Black-water fever - Number 35
Disease focus: Fever
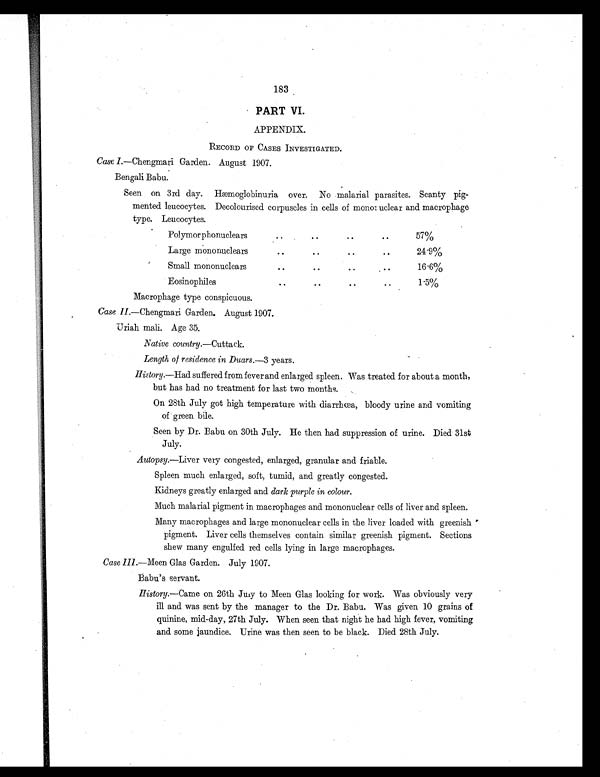
183
PART VI.
APPENDIX.
RECORD OF CASES INVESTIGATED.
Case I.—Chengmari Garden. August 1907.
Bengali Babu.
Seen on 3rd day. Hæmoglobinuria over. No malarial parasites. Scanty pig-
mented leucocytes. Decolourised corpuscles in cells of monornuclear and macrophage
type. Leucocytes.
Polymorphonuclears
. .
..
. .
..
57%
Large mononuclears
. .
. .
..
..
24.9%
Small mononuclears
..
. .
..
..
16.6%
Eosinophile
. .
..
..
. .
1 5%
Macrophage type conspicuous.
Case II.—Chengmari Garden, August 1907.
Uriah mall. Age 35.
Native country.—Cuttack.
Length of residence in Duars. —3 years.
History.—Had suffered from fever and enlarged spleen. Was treated for about a month,
but has had no treatment for last two months.
On 28th July got high temperature with diarrhœa, bloody urine and vomiting
of green bile.
Seen by Dr. Babu on 30th July. He then had suppression of urine. Died 31st
July.
Autopsy.—Liver very congested, enlarged, granular and friable.
Spleen much enlarged, soft, tumid, and greatly congested.
Kidneys greatly enlarged and dark purple in colour.
Much malarial pigment in macrophages and mononuclear cells of liver and spleen.
Many macrophages and large mononuclear cells in the liver loaded with greenish
pigment. Liver cells themselves contain similar greenish pigment. Sections
shew many engulfed red cells lying in large macrophages.
Case III.—Meen Glas Garden. July 1907.
Babu's servant.
History.—Came on 26th July to Meen Glas looking for work. Was obviously very
ill and was sent by the manager to the Dr. Babu. Was given 10 grains of
quinine, mid-day, 27th July. When seen that night he had high fever, vomiting
and some jaundice. Urine was then seen to be black. Died 28th July.